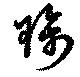
珮